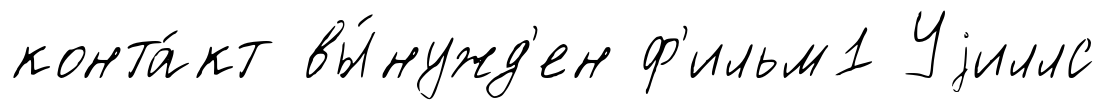
конта́кт вы́нужд'ен ф'ильм1 Уjиллс